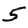
Digit: 5